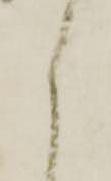
く